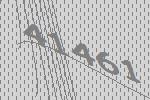
41461